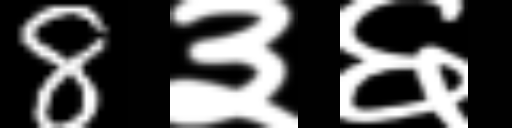
Text: 8३६